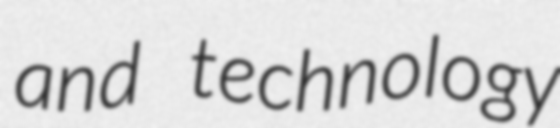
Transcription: and technology